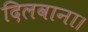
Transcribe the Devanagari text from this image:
दिलवाना।